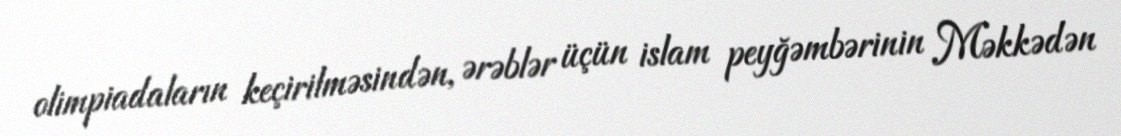
olimpiadaların keçirilməsindən, ərəblər üçün islam peyğəmbərinin Məkkədən